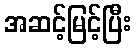
အဆင့်မြင့်ပြီး